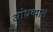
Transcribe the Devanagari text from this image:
आंध्रव्यास